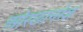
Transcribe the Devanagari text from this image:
ओरछानरेश